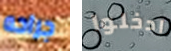
جراحه ادخلوا